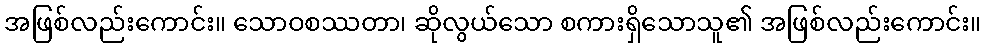
အဖြစ်လည်းကောင်း။ သောဝစဿတာ၊ ဆိုလွယ်သော စကားရှိသောသူ၏ အဖြစ်လည်းကောင်း။